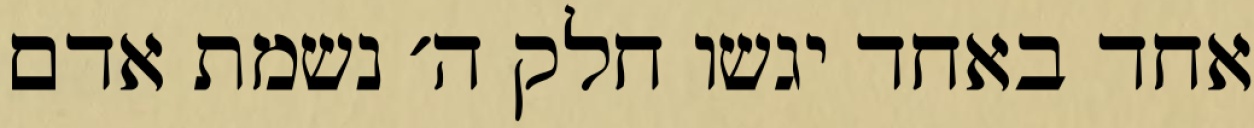
אחד באחד יגשו חלק ה׳ נשמת אדם